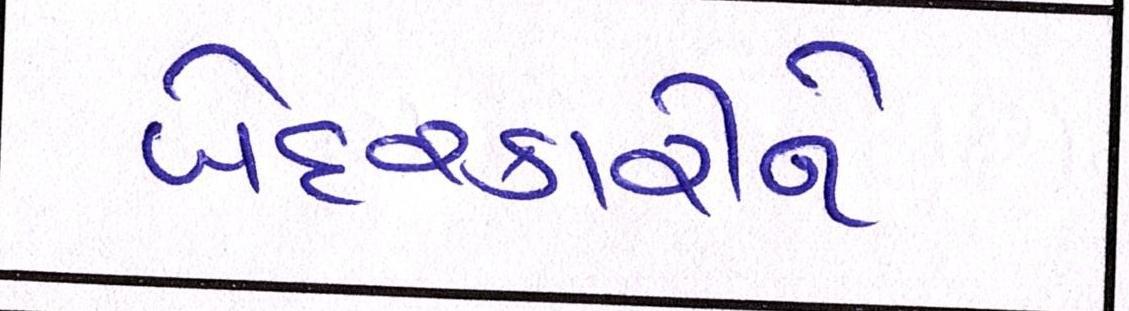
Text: બેદરકારીને